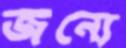
জন্যে